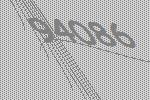
94086